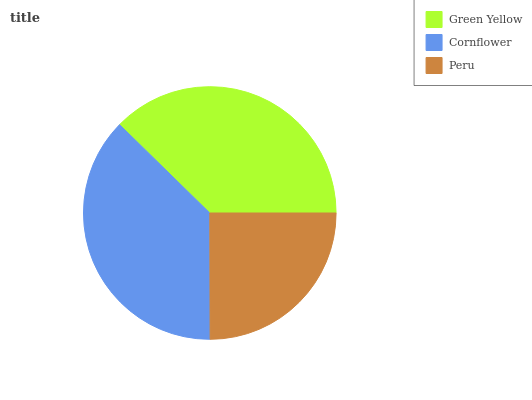
| Green Yellow | Cornflower | Peru |
 | --- | --- | --- |
 | 37.7% | 37.4% | 25% |